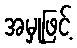
အမှုဖြင့်